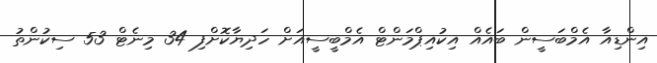
އިންޑިއާ އެމްބަސީން ބައެއް އިކުއިޕްމަންޓް އެމްބީސީއަށް ހަދިޔާކޮށްފި 34 މިނެޓް 53 ސިކުންތު